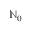
\mathbb { N } _ { 0 }